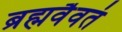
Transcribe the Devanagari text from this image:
ब्रह्मवैवतं